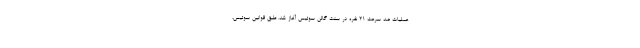
عملیات ضد سرعت ۲۱ نفره در سنت گالن سوئیس آغاز شد. طبق قوانین سوئيس،